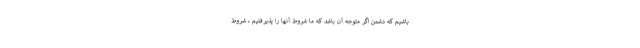
باشیم که دشمن اگر متوجه آن باشد که ما شروط آنها را پذیرفتیم ، شروط